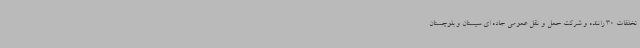
تخلفات 30 راننده و شرکت حمل و نقل عمومی جاده ای سیستان و بلوچستان